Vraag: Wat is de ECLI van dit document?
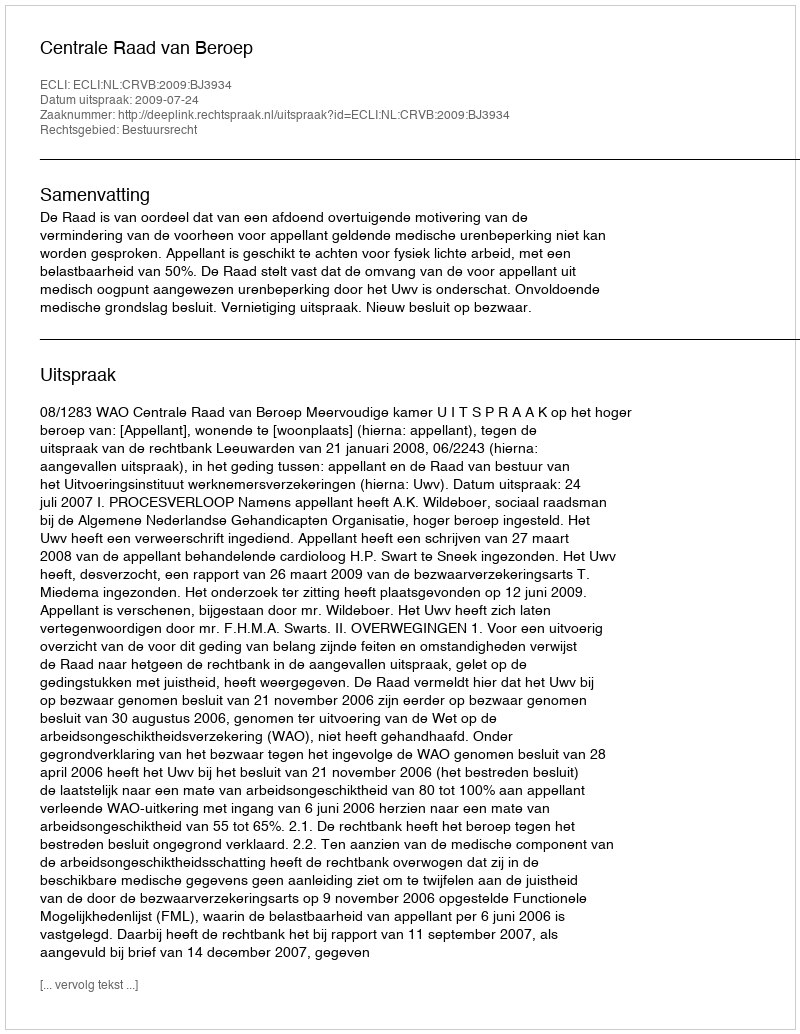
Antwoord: ECLI:NL:CRVB:2009:BJ3934